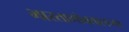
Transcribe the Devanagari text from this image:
भारताभोवतालच्या